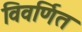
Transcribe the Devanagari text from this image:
विवर्णित